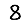
Digit: 8